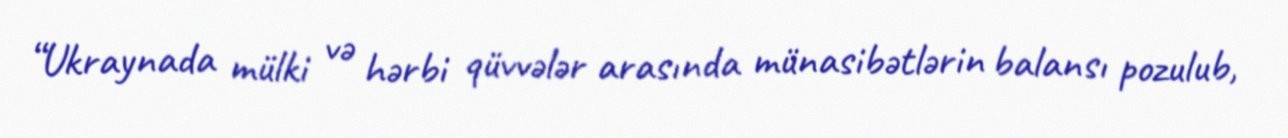
“Ukraynada mülki və hərbi qüvvələr arasında münasibətlərin balansı pozulub,